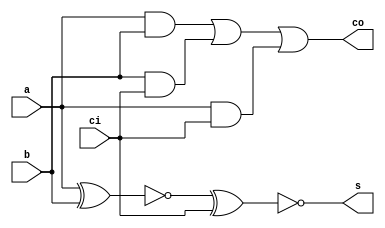
`timescale 1ns / 1ps
//////////////////////////////////////////////////////////////////////////////////
// Company: 
// Engineer: 
// 
// Design Name: 
// Module Name: adder_1bit
// Project Name: 
// Target Devices: 
// Tool Versions: 
// Description: 
// 
// Dependencies: 
// 
// Revision:
// Revision 0.01 - File Created
// Additional Comments:
// 
//////////////////////////////////////////////////////////////////////////////////


module adder_1bit(
    input a,
    input b,
    input ci,
    output s,
    output co
    );
    wire s1,c1,c2,c3;
    and (c1,a,b),
        (c2,b,ci),
        (c3,a,ci);
        
    xnor (s1,a,b),
         (s,s1,ci);
         
    or (co,c1,c2,c3);
    
endmodule